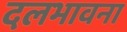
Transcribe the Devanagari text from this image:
दलभावना